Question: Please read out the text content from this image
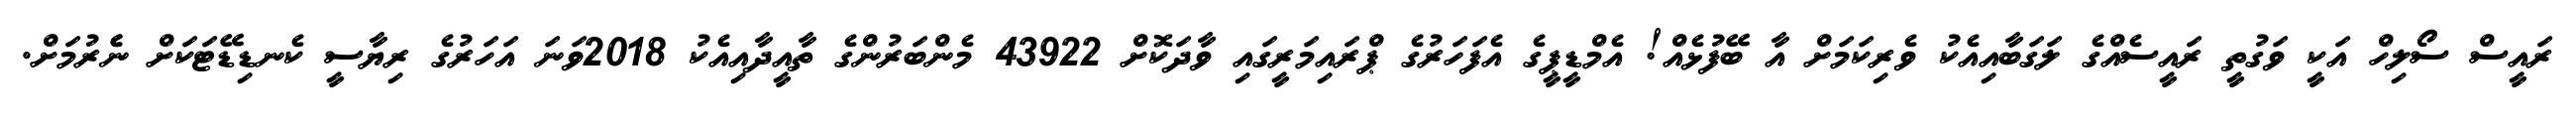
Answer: ރައީސް ސޯލިހް އަކީ ވަގުތީ ރައީސެއްގެ ލަގަބާއިއެކު ވެރިކަމަށް އާ ބޭފުޅެއް! އެމްޑީޕީގެ އެފަހަރުގެ ޕްރައިމަރީގައި ވާދަކޮށް 43922 މެންބަރުންގެ ތާއީދާއިއެކު 2018ވަނަ އަހަރުގެ ރިޔާސީ ކެނޑިޑޭޓަކަށް ނެެރުމަށް.